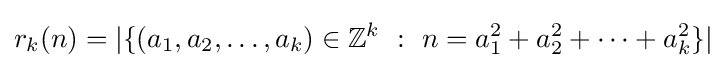
r_{k}(n)=|\{(a_{1},a_{2},\ldots ,a_{k})\in \mathbb {Z} ^{k}\ :\ n=a_{1}^{2}+a_{2}^{2}+\cdots +a_{k}^{2}\}|